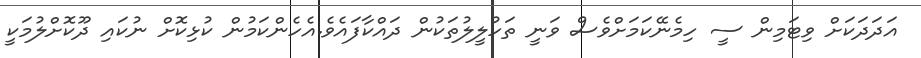
އަދަދަކަށް ވިޓަމިން ސީ ހިމެނޭކަމަށްވެސް ވަނީ ތަހުލީލުތަކުން ދައްކާފައެވެ.އެހެންކަމުން ކުޅިކޮށް ނުކައި ދޫކޮށްލުމަކީ